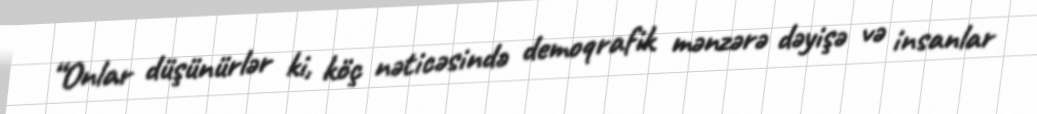
“Onlar düşünürlər ki, köç nəticəsində demoqrafik mənzərə dəyişə və insanlar